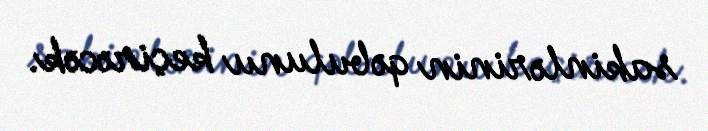
sakinlərinin qəbulunu keçirəcək.